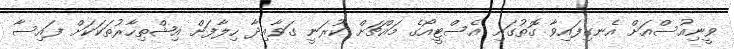
ވީނިއުސްއަށް އެނގިފައިވާ ގޮތުގައި އެސްޓީއޯގެ މައްޗަށް ކުރަނީ ގަވާއިދާ ހިލާފަށް އިޝްތިހާރުތަކަކަށް ފައިސާ